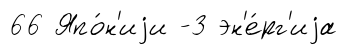
66 Япо́н'иjи -3 эн'е́рг'иjа